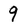
Character: 9